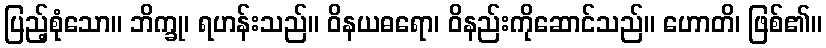
ပြည့်စုံသော။ ဘိက္ခု၊ ရဟန်းသည်။ ဝိနယဓရော၊ ဝိနည်းကိုဆောင်သည်။ ဟောတိ၊ ဖြစ်၏။